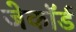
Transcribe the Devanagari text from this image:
जेकॉर्ड